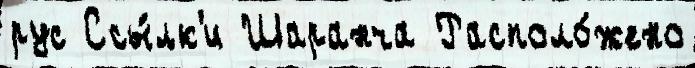
рус Ссы́лк'и Шаранча Располо́жено